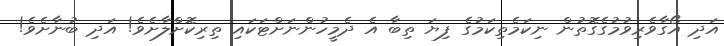
އަދި އޯގާވެރިވުމުގެގޮތުން ނިކަމެތިކަމުގެ ފިޔަ ތިބާ އެ ދެމީހުންނަށްޓަކައި ތިރިކޮށްލާށެވެ! އަދި ބުނާށެވެ!